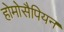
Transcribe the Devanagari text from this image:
होमोसैपियन